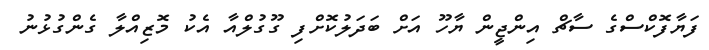
ފަޔާފޮކްސްގެ ސާޗް އިންޖީން ޔާހޫ އަށް ބަދަލުކޮށްފި ގޫގުލްއާ އެކު މޮޒިއްލާ ގެންގުޅުނު